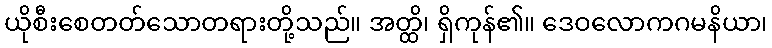
ယိုစီးစေတတ်သောတရားတို့သည်။ အတ္ထိ၊ ရှိကုန်၏။ ဒေဝလောကဂမနိယာ၊